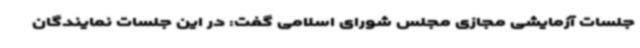
جلسات آزمایشی مجازی مجلس شورای اسلامی گفت: در این جلسات نمایندگان